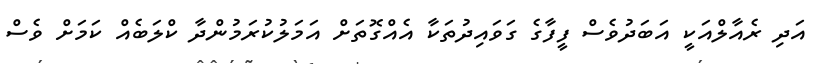
އަދި ރެއާލްއަކީ އަބަދުވެސް ފީފާގެ ގަވައިދުތަކާ އެއްގޮތަށް އަމަލުކުރަމުންދާ ކްލަބެއް ކަމަށް ވެސް